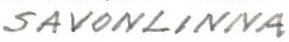
SAVONLINNA